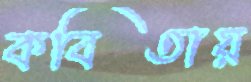
কবিতায়